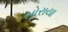
સોરાયા